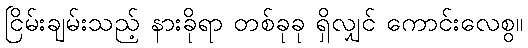
ငြိမ်းချမ်းသည့် နားခိုရာ တစ်ခုခု ရှိလျှင် ကောင်းလေစွ။